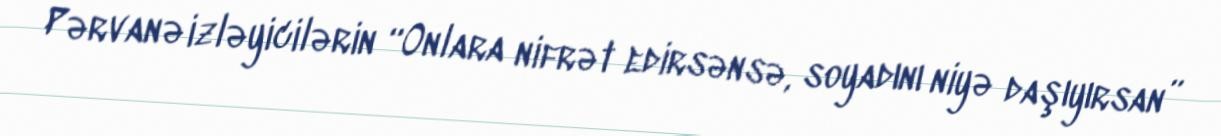
Pərvanə izləyicilərin “Onlara nifrət edirsənsə, soyadını niyə daşıyırsan”